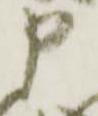
申